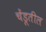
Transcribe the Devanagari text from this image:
चेंडूतील